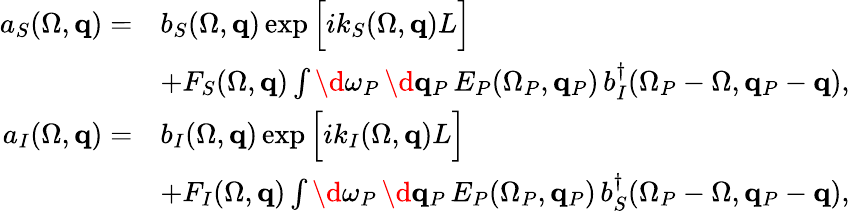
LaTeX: \begin{array}{rl}{a_{S}(\Omega,{\mathbf q})=}&{b_{S}(\Omega,{\mathbf q})\exp\Big[ik_{S}(\Omega,{\mathbf q})L\Big]}\\ &{+F_{S}(\Omega,{\mathbf q})\int\d\omega_{P}\, \d{\mathbf q}_{P}\, E_{P}(\Omega_{P},{\mathbf q}_{P})\, b_{I}^{\dagger}(\Omega_{P}-\Omega,{\mathbf q}_{P}-{\mathbf q}),}\\ {a_{I}(\Omega,{\mathbf q})=}&{b_{I}(\Omega,{\mathbf q})\exp\Big[ik_{I}(\Omega,{\mathbf q})L\Big]}\\ &{+F_{I}(\Omega,{\mathbf q})\int\d\omega_{P}\, \d{\mathbf q}_{P}\, E_{P}(\Omega_{P},{\mathbf q}_{P})\, b_{S}^{\dagger}(\Omega_{P}-\Omega,{\mathbf q}_{P}-{\mathbf q}),}\end{array}